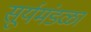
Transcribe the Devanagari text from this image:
सूर्यमंडळा